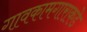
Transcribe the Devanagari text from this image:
गावकामगाराकडे